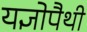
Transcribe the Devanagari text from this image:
यज्ञोपैथी